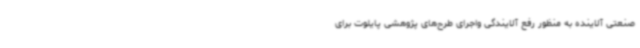
صنعتی آلاینده به منظور رفع آلایندگی واجرای طرح‌های پژوهشی پایلوت برای